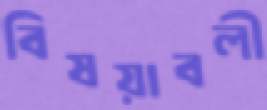
বিষয়াবলী